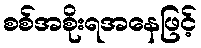
စစ်အစိုးရအနေဖြင့်